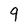
Character: 9